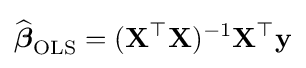
{\widehat {\boldsymbol {\beta }}}_{\mathrm {OLS} }=(\mathbf {X} ^{\top }\mathbf {X} )^{-1}\mathbf {X} ^{\top }\mathbf {y}